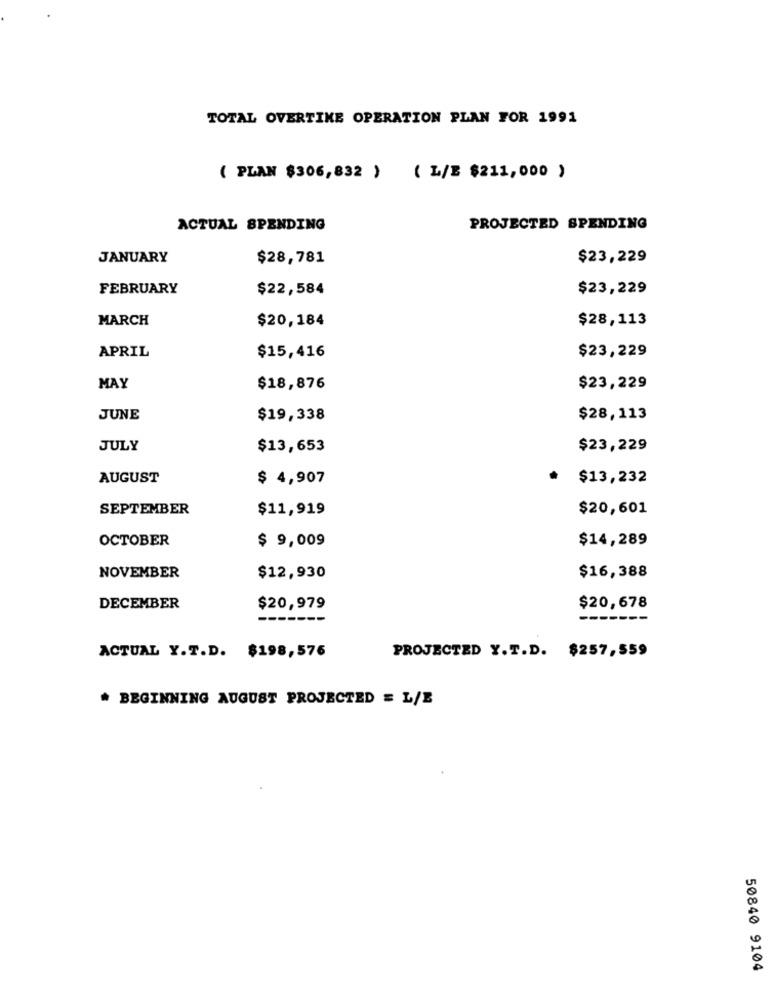
TOTAL OVERTIME OPERATION PLAN FOR 1991
( PLAN $306,832 ) ( L/E $211,000 )
ACTUAL SPENDING
PROJECTED SPENDING
JANUARY
$28,781
$23,229
FEBRUARY
$22,584
$23,229
MARCH
$20,184
$28,113
$23,229
APRIL
$15,416
MAY
$18,876
$23,229
JUNE
$19,338
$28,113
JULY
$13,653
$23,229
AUGUST
$ 4,907
$13,232
SEPTEMBER
$11,919
$20,601
OCTOBER
$ 9,009
$14,289
NOVEMBER
$12,930
$16,388
DECEMBER
$20,979
$20,678
PROJECTED Y.T.D. $257,559
ACTUAL Y.T.D. $198,576
* BEGINNING AUGUST PROJECTED = L/E
50840 9104